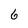
Character: 6